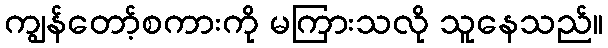
ကျွန်တော့်စကားကို မကြားသလို သူနေသည်။